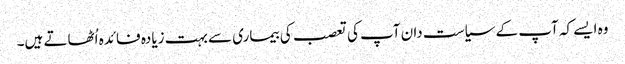
وہ ایسے کہ آپ کے سیاست دان آپ کی تعصب کی بیماری سے بہت زیادہ فائدہ اُٹھاتے ہیں۔